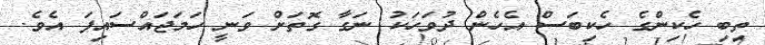
ތިބި ހެކިންގެ ހެކިބަސް އެހެން ދުވަހަކު ނަގާ ގޮތަށް ވަނީ ހަމަޖައްސައިފަ އެވެ.